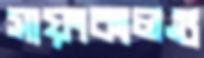
সায়ংকালগু